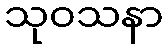
သုဝသနာ